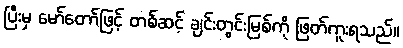
ပြီးမှ မော်တော်ဖြင့် တစ်ဆင့် ချင်းတွင်းမြစ်ကို ဖြတ်ကူးရသည်။